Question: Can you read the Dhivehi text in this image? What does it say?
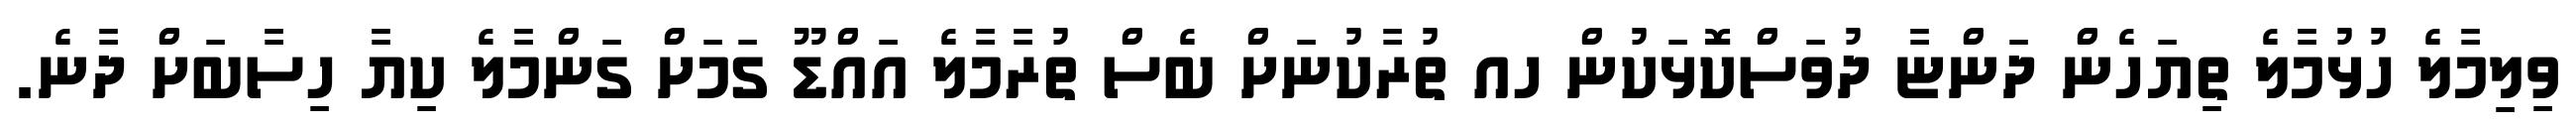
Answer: ވިލިމާލެ ހުޅުމާލެ ތިޔަހެން ދަންޏާ ދުވަސްކޮޅަކުން ހއ ތުރާކުނަށް ބެސް ތުރާމާލެ އައްޑޫ ގަމަށް ގަންމާލެ ކިޔާ ހިސާބަށް ދާނެ.